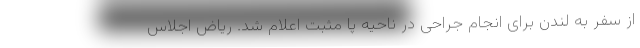
از سفر به لندن برای انجام جراحی در ناحیه پا مثبت اعلام شد. ریاض اجلاس